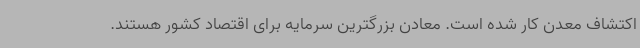
اکتشاف معدن کار شده است. معادن بزرگترین سرمایه برای اقتصاد کشور هستند.